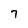
Character: 7